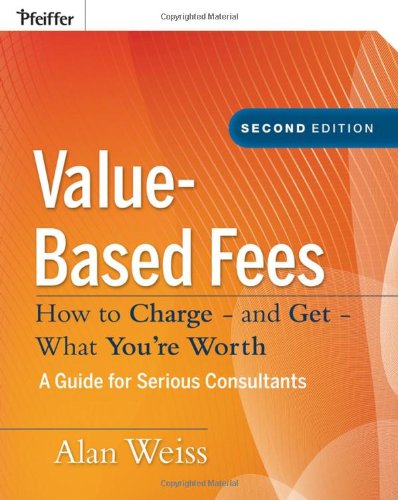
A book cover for Value-Based Fees: How to Charge - and Get - What You're Worth; Alan Weiss; Business & Money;